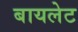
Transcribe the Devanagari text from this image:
बायलेट